Indian journal of veterinary science and animal husbandry - Volume 1,
Year: 1931
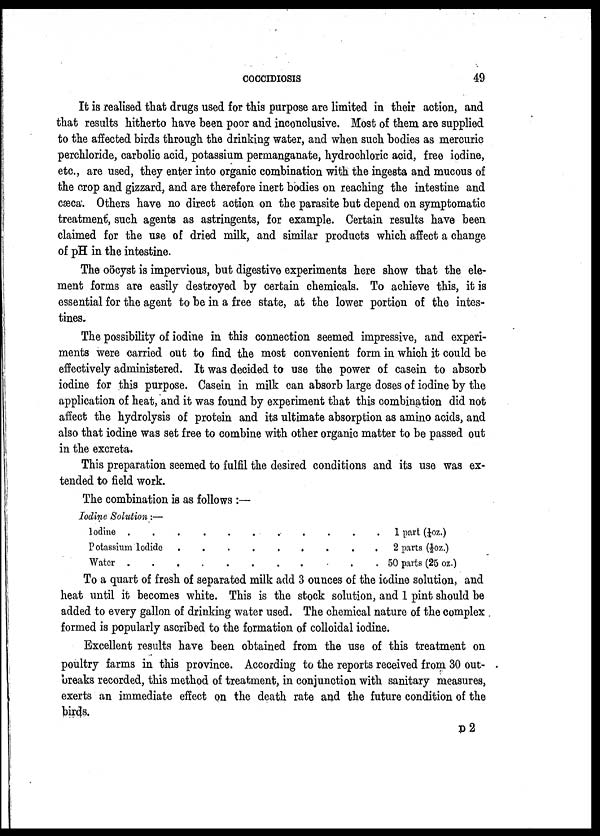
COCCIDIOSIS 49
It is realised that drugs used for this purpose are limited in their action, and
that results hitherto have been poor and inconclusive. Most of them are supplied
to the affected birds through the drinking water, and when such bodies as mercuric
perchloride, carbolic acid, potassium permanganate, hydrochloric acid, free iodine,
etc., are used, they enter into organic combination with the ingesta and mucous of
the crop and gizzard, and are therefore inert bodies on reaching the intestine and
cæca. Others have no direct action on the parasite but depend on symptomatic
treatment, such agents as astringents, for example. Certain results have been
claimed for the use of dried milk, and similar products which affect a change
of pH in the intestine.
The oöcyst is impervious, but digestive experiments here show that the ele-
ment forms are easily destroyed by certain chemicals. To achieve this, it is
essential for the agent to be in a free state, at the lower portion of the intes-
tines.
The possibility of iodine in this connection seemed impressive, and experi-
ments were carried out to find the most convenient form in which it could be
effectively administered. It was decided to use the power of casein to absorb
iodine for this purpose. Casein in milk can absorb large doses of iodine by the
application of heat, and it was found by experiment that this combination did not
affect the hydrolysis of protein and its ultimate absorption as amino acids, and
also that iodine was set free to combine with other organic matter to be passed out
in the excreta.
This preparation seemed to fulfil the desired conditions and its use was ex-
tended to field work.
The combination is as follows :—
Iodine Solution :—
Iodine
......
Potassium Iodide
....
Water
......
1 part (¼oz.)
2 parts (½oz.)
50 parts (25 oz.)
To a quart of fresh of separated milk add 3 ounces of the iodine solution, and
heat until it becomes white. This is the stock solution, and 1 pint should be
added to every gallon of drinking water used. The chemical nature of the complex
formed is popularly ascribed to the formation of colloidal iodine.
Excellent results have been obtained from the use of this treatment on
poultry farms in this province. According to the reports received from 30 out-
breaks recorded, this method of treatment, in conjunction with sanitary measures,
exerts an immediate effect on the death rate and the future condition of the
birds.
D 2